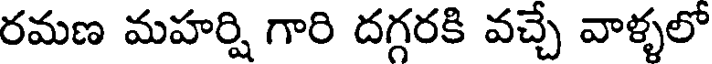
రమణ మహర్షి గారి దగ్గరకి వచ్చే వాళ్ళలో